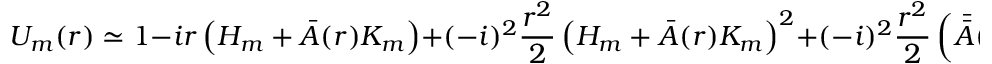
U _ { m } ( r ) \simeq 1 - i r \left( H _ { m } + { \bar { A } } ( r ) K _ { m } \right) + ( - i ) ^ { 2 } \frac { r ^ { 2 } } { 2 } \left( H _ { m } + { \bar { A } } ( r ) K _ { m } \right) ^ { 2 } + ( - i ) ^ { 2 } \frac { r ^ { 2 } } { 2 } \left( { \bar { \bar { A } } } ( r ) - { \bar { A } } ( r ) \right) \left[ H _ { m } , K _ { m } \right] ,